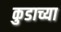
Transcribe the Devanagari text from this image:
कुडाच्या